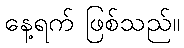
နေ့ရက် ဖြစ်သည်။